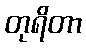
တုရိတာ